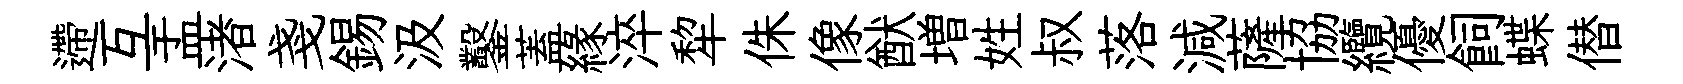
遰互盂渚戔錫汲鑿蓋緣淬犂侏像猷増姓叔落減薩協纜優飼蝶僣